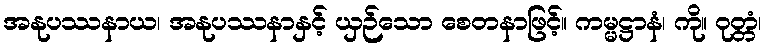
အနုပဿနာယ၊ အနုပဿနာနှင့် ယှဉ်သော စေတနာဖြင့်။ ကမ္မဋ္ဌာနံ၊ ကို။ ဝုတ္တံ၊